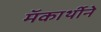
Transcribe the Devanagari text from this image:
मॅकार्थीने